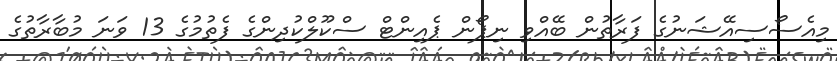
މިއެސޯސިއޭޝަނުގެ ފަރާތުން ބޭއްވި ނިޕޯން ޕެއިންޓް ސްކޫލްކުދިންގެ ފެތުމުގެ 13 ވަނަ މުބާރާތުގެ